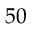
5 0